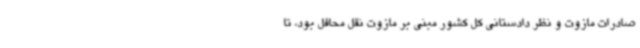
صادرات مازوت و نظر دادستانی کل کشور مبنی بر مازوت نقل محافل بود، تا